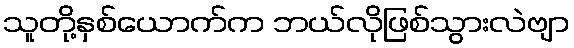
သူတို့နှစ်ယောက်က ဘယ်လိုဖြစ်သွားလဲဗျာ